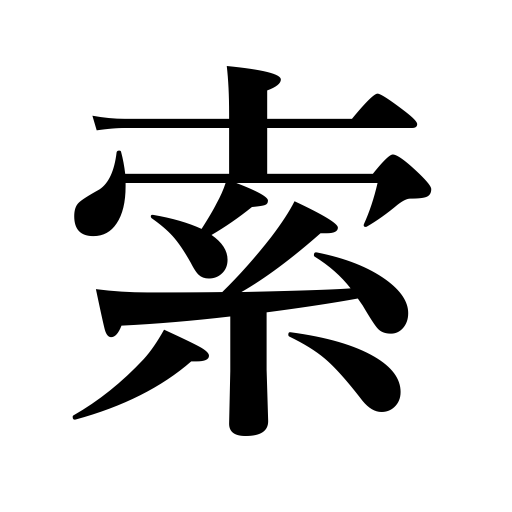
Meanings: cord,rope